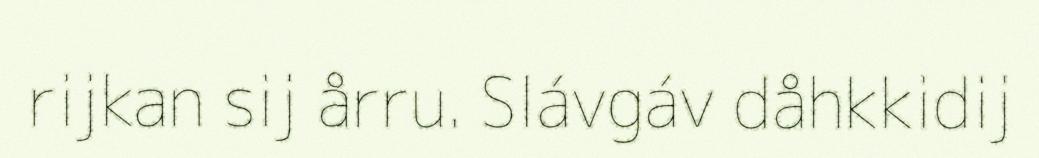
rijkan sij årru. Slávgáv dåhkkidij